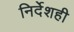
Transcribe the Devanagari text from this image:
निर्देशही